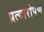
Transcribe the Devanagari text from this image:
प्रत्‍यारोपण